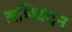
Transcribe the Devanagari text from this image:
अभिवंदन